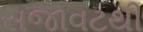
સજાવટથી